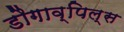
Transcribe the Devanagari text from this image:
डौगाव्पिल्स